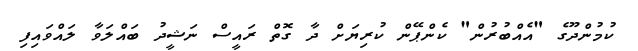
ކުމުންދޫގެ "އެއްބުރުން" ކެންޕޭން ކުރިޔަށް ދާ ގޮތް ރައީސް ނަޝީދު ބަައްލަވާ ލައްވައިފި